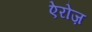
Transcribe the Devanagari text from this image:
ऐरोज़